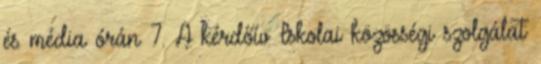
és média órán 7. A kérdőív Iskolai közösségi szolgálat